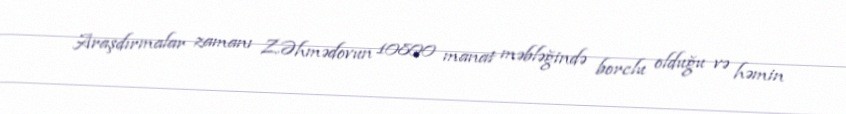
Araşdırmalar zamanı Z.Əhmədovun 10800 manat məbləğində borclu olduğu və həmin